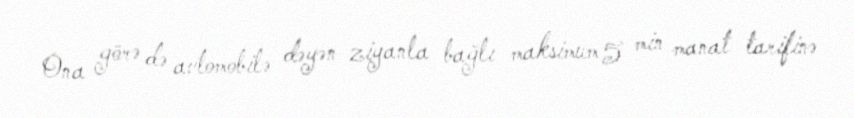
Ona görə də avtomobilə dəyən ziyanla bağlı maksimum 5 min manat tarifinə